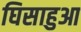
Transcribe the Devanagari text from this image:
घिसाहुआ